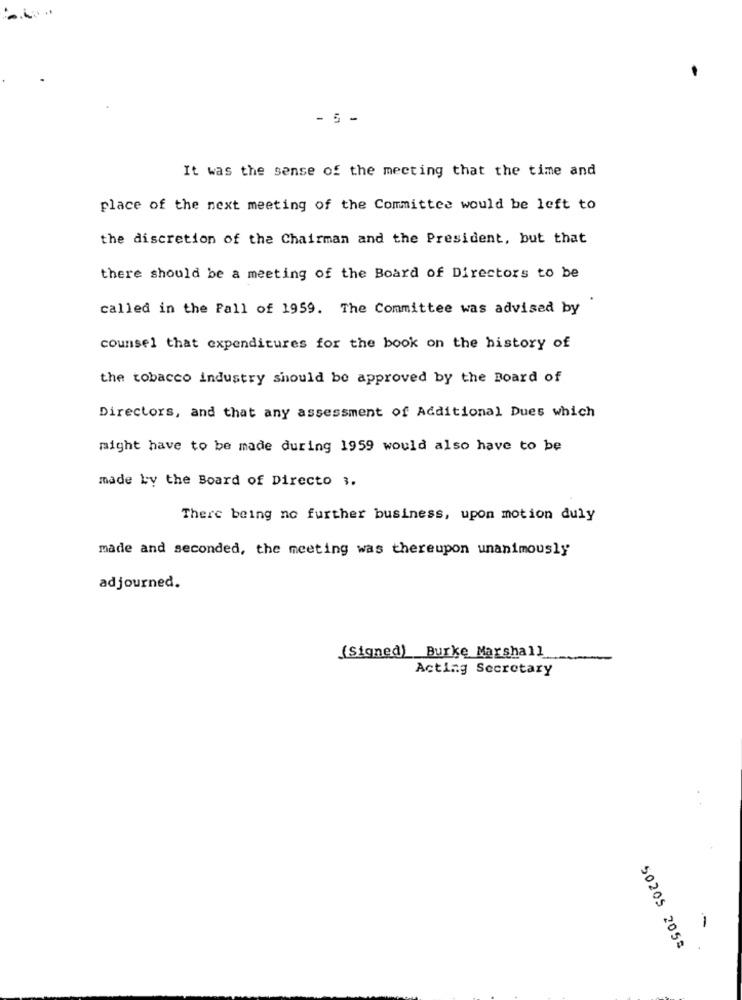
- 5 -
It was the sense of the meeting that the time and
place of the next meeting of the Committee would be left to
the discretion of the Chairman and the President, but that
there should be a meeting of the Board of Directors to be
called in the Fall of 1959. The Committee was advised by
counsel that expenditures for the book on the history of
the tobacco industry should be approved by the Board of
Directors, and that any assessment of Additional Dues which
might have to be made during 1959 would also have to be
made by the Board of Directo 3.
There being no further business, upon motion duly
made and seconded, the meeting was thereupon unanimously
adjourned.
(Signed) Burke Marshall
Acting Secretary
-
50205 205#